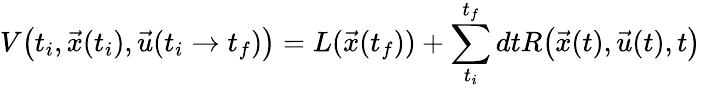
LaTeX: V\big(t_{i},\vec{x}(t_{i}),\vec{u}(t_{i}\rightarrow t_{f})\big)=L(\vec{x}(t_{f}))+\sum_{t_{i}}^{t_{f}}dtR\big(\vec{x}(t),\vec{u}(t),t\big)